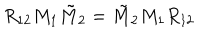
LaTeX: R _ { 1 2 } M _ { 1 } \tilde { M } _ { 2 } = \tilde { M } _ { 2 } M _ { 1 } R _ { 1 2 }